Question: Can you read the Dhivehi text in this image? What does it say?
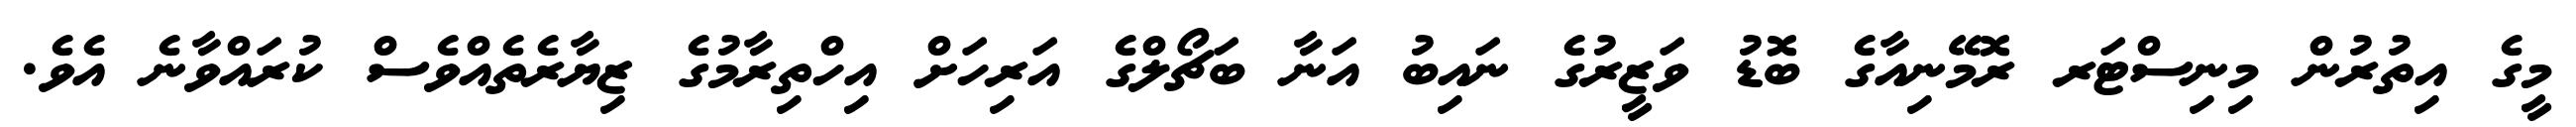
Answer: މީގެ އިތުރުން މިނިސްޓަރ ރޮމޭނިއާގެ ބޮޑު ވަޒީރުގެ ނައިބު އަނާ ބަޗޯލްގެ އަރިހަށް އިހްތިރާމުގެ ޒިޔާރެތެއްވެސް ކުރައްވާނެ އެވެ.